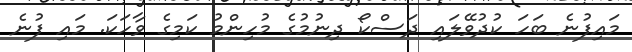
މައިފުނެ ބަހަ ކުދުވޭލައި ދަސްކޯ ދިނުމުގެ މުހިންމު ކަމިގެ ވާހަކަ. މައި ފުނެ